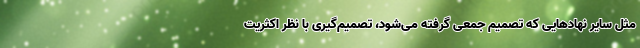
مثل سایر نهادهایی که تصمیم جمعی گرفته می‌شود، تصمیم‌گیری با نظر اکثریت